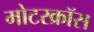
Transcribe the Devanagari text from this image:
मोटरक्रॉस